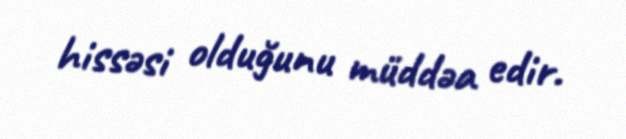
hissəsi olduğunu müddəa edir.